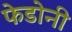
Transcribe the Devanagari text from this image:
फेडोनी